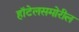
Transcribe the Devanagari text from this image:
हॉटेलसमोरील